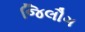
જિલૌગ